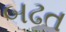
બઢત